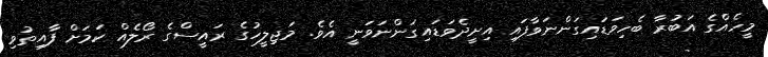
މީހެއްގެ އަބުރާ ބެހިވަޑައިގަންނަވާފައި އިށީދެވަޑައިގަންނަވަނީ އެވެ. މަޖިލީހުގެ ރައީސްގެ ރޯލެއް ކަމަށް ފާއިތުވި